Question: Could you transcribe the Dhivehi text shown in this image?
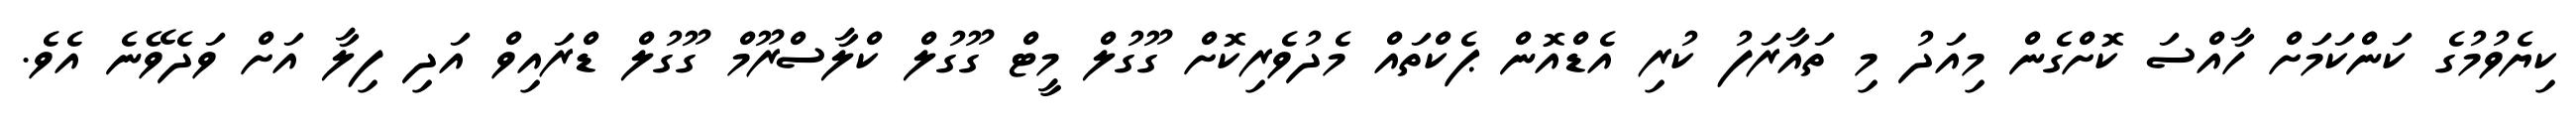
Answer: ކިޔެވުމުގެ ކަންކަމަށް ހާއްސަ ކޮށްގެން މިއަދު މި ތައާރަފު ކުރި އެޑްއޮން ޕެކްތައް މެދުވެރިކޮށް ގޫގުލް މީޓް ގޫގުލް ކްލާސްރޫމް ގޫގުލް ޑްރައިވް އަދި ފިލާ އަށް ވަދެވޭނެ އެވެ.